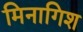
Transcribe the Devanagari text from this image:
मिनागिश